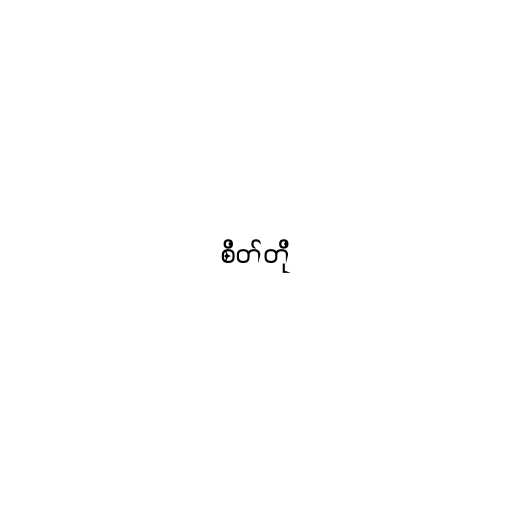
စိတ်တို